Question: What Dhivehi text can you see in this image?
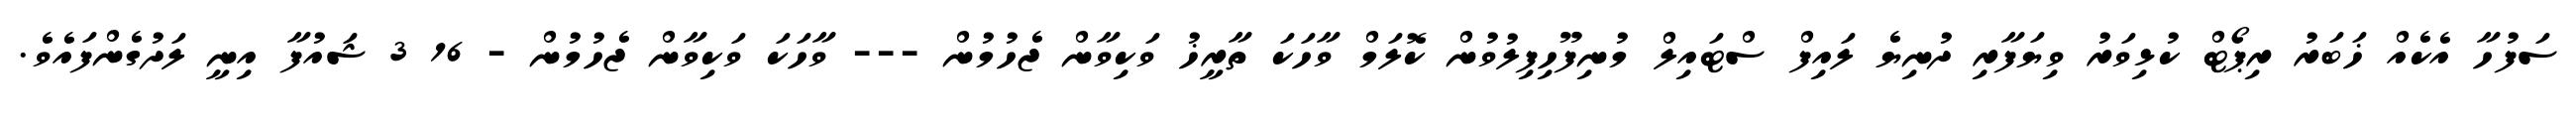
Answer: ސަފުހާ އެކެއް ޚަބަރު ރިޕޯޓް ކުޅިވަރު ވިޔަފާރި ދުނިޔެ ލައިފް ސްޓައިލް މުނިފޫހިފިލުވުން ކޮލަމް ވާހަކަ ތާރީޚު ވަކިވާން ޖެހުމުން --- ވާހަކަ ވަކިވާން ޖެހުމުން - 16 3 ޝައުފާ އިނީ ލަދުގެންފައެވެ.